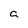
Character: a